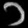
Digit: ၁